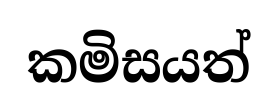
කමිසයත්